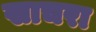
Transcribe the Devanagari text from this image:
खाचरा